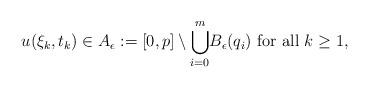
LaTeX: \begin{align*}u(\xi_k, t_k)\in A_\epsilon:=[0,p]\setminus{\small \bigcup_{i=0}^m} B_\epsilon(q_i) \mbox{ for all } k\geq 1,\end{align*}